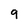
Character: 9